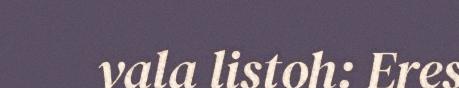
vala listoh: Eres